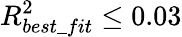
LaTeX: R_{best\_ fit}^{2}\le 0.03